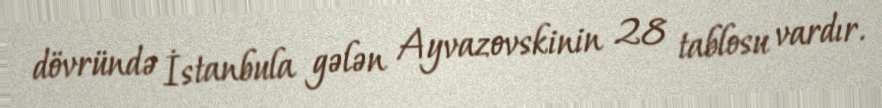
dövründə İstanbula gələn Ayvazovskinin 28 tablosu vardır.